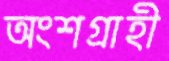
অংশগ্রাহী